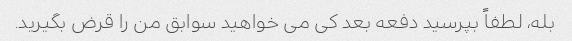
بله، لطفاً بپرسید دفعه بعد کی می خواهید سوابق من را قرض بگیرید.